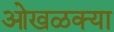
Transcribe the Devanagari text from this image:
ओखळक्या